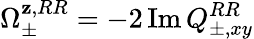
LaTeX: \Omega_{\pm}^{\mathbf{z},RR}=-2\operatorname{Im}Q_{\pm,xy}^{RR}